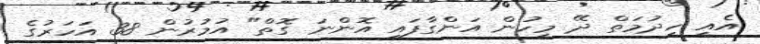
އެއީ ހިދުމަތް ދޭ މީހުން އަންގާފައި އޮންނަ ގޮތް" އުމުރުން 38 އަހަރުގެ